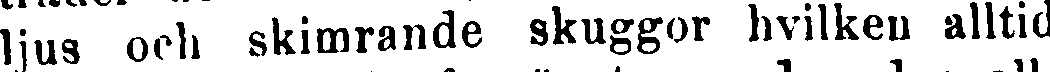
ljus och skimrande skuggor hvilken alltid